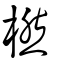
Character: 橪